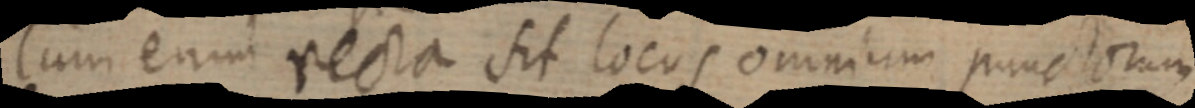
Cum enim recta sit locus omnium punctorum